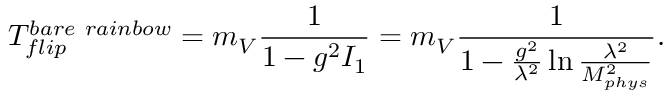
T _ { f l i p } ^ { b a r e \ r a i n b o w } = m _ { V } \frac { 1 } { 1 - g ^ { 2 } I _ { 1 } } = m _ { V } \frac { 1 } { 1 - \frac { g ^ { 2 } } { \lambda ^ { 2 } } \ln \frac { \lambda ^ { 2 } } { M _ { p h y s } ^ { 2 } } } .